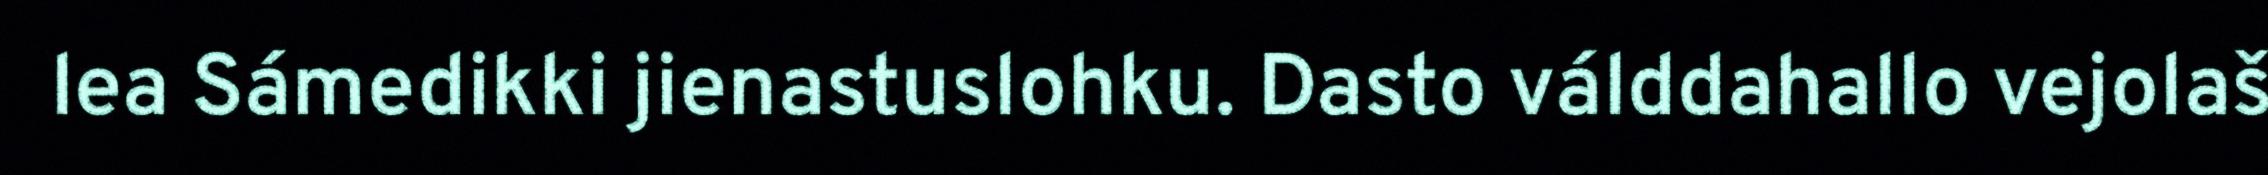
lea Sámedikki jienastuslohku. Dasto válddahallo vejolaš